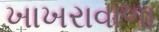
ખાખરાવાળા